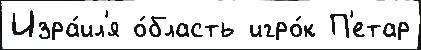
Изра́ил'я о́бласть игро́к П'етар